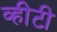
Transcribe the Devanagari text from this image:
व्हीटी